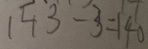
1 4 3 - 3 = 1 4 0